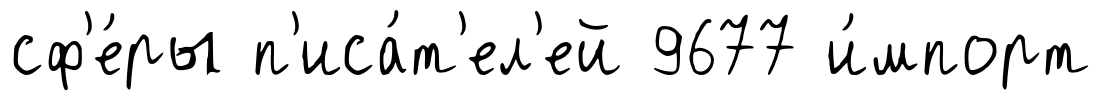
сф'е́ры п'иса́т'ел'ей 9677 и́мпорт